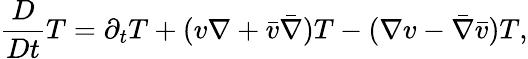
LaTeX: \frac{D}{Dt}T=\partial_{t}T+(v\nabla+\bar{v}\bar{\nabla})T-(\nabla v-\bar{\nabla}\bar{v})T,